Medical and sanitary report of the native army of Bengal for the year
Year: 1878
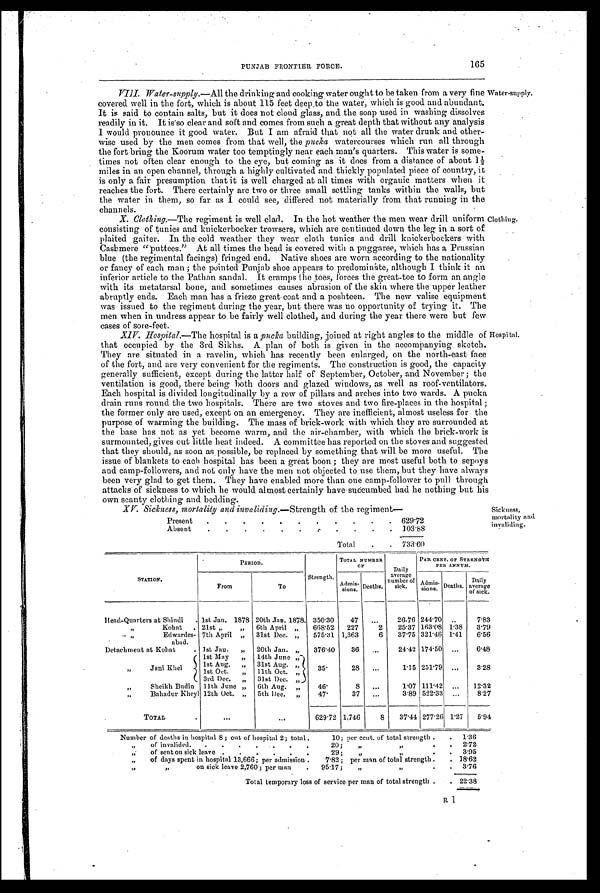
PUNJAB FRONTIER FORCE.
165
Water-supply.
VIII. Water-supply.—All the drinking and cooking water ought to be taken from a very fine
covered well in the fort, which is about 115 feet deep to the water, which is good and abundant.
It is said to contain salts, but it does not cloud glass, and the soap used in washing dissolves
readily in it. It is so clear and soft and comes from such a great depth that without any analysis
I would pronounce it good water. But I am afraid that not all the water drunk and other-
wise used by the men comes from that well, the pucka watercourses which run all through
the fort bring the Koorum water too temptingly near each man's quarters. This water is some-
times not often clear enough to the eye, but coming as it does from a distance of about 1½
miles in an open channel, through a highly cultivated and thickly populated piece of country, it
is only a fair presumption that it is well charged at all times with organic matters when it
reaches the fort. There certainly are two or three small settling tanks within the walls, but
the water in them, so far as I could see, differed not materially from that running in the
channels.
Clothing.
X. Clothing.—The regiment is well clad. In the hot weather the men wear drill uniform
consisting of tunics and knickerbocker trowsers, which are continued down the leg in a sort of
plaited gaiter. In the cold weather they wear cloth tunics and drill knickerbockers with
Cashmere "puttees." At all times the head is covered with a puggaree, which has a Prussian
blue (the regimental facings) fringed end. Native shoes are worn according to the nationality
or fancy of each man ; the pointed Punjab shoe appears to predomináte, although I think it an
inferior article to the Pathan sandal. It cramps the toes, forces the great-toe to form an angle
with its metatarsal bone, and sometimes causes abrasion of the skin where the upper leather
abruptly ends. Each man has a frieze great coat and a poshteen. The new valise equipment
was issued to the regiment during the year, but there was no opportunity of trying it. The
men when in undress appear to be fairly well clothed, and during the year there were but few
cases of sore-feet.
Hospital.
XIV. Hospital.— The hospital is a _pucka building, joined at right angles to the middle of
that occupied by the 3rd Sikhs. A plan of both is given in the accompanying sketch.
They are situated in a ravelin, which has recently been enlarged, on the north-east face
of the fort, and are very convenient for the regiments. The construction is good, the capacity
generally sufficient, except during the latter half of September, October, and November ; the
ventilation is good, there being both doors and glazed windows, as well as roof-ventila
tors.
Each hospital is divided longitudinally by a row of pillars and arches into two wards. A pucka
drain runs round the two hospitals. There are two stoves and two fire-places in the hospital ;
the former only are used, except on an emergency. They are inefficient, almost useless for the
purpose of warming the building. The mass of brick-work with which they are surrounded at
the base has not as yet become warm, and the air-chamber, with which the brick-work is
surmounted, gives out little heat indeed. A committee has reported on the stoves and suggested
that they should, as soon as possible, be replaced by something that will be more useful. The
issue of blankets to each hospital has been a great boon ; they are most useful both to sepoys
and camp-followers, and not only have the men not objected to use them, but they have always
been very glad to get them. They have enabled more than one camp-follower to pull through
attacks of sickness to which he would almost certainly have-succumbed bad he nothing but his
own scanty clothing and bedding.
Sickness,
mortality and
invaliding.
XV. Sickness, mortality and invaliding. —Strength of the regiment—
Present
.
.
.
.
. .
.
.
.
.
. 6 2 9 . 7 2
Absent
.
. .
.
.
.
. .
. .
. 1 0 3 . 8 8
Total
.
. 733.60
STATION.
PERIOD.
-
Strength.
TOTAL NUMBER
OF
Daily
average
number of
sick.
PER CENT. OF STRENGTH
PER ANNUAL.
From
To
Admis-
sions. Deaths.
Admis-
sions. Deaths.
Daily
average
of sick.
Head-Quarters at Shindi
. 1st Jan. 1878 20th Jan. 1878. 350.30
47
...
26.76 244.70 ..
7.83
,, Kohat .
21st „
„ 6th April „
668.52 227
2
25.37 163.08 1.38
3.79
,, Edwardes-
abad.
7th April „ 31st Dec. „
575.31 1,363
6
37.75 321.46 1.41
6.56
Detachment at Kohat
. 1st Jan.
„ 20th Jan. „
376.40
36
...
24.42 174.50 ...
6.48
,, Jani Khel
1st May
„ 14th June „
3 5 .
28
...
1.15 251.79 ...
3.28
1st Aug. „ 31st Aug. ,,
1st Oct.
„ 11th Oct. „
3rd Dec. „ 31st Dec. „
,, Sheikh Budin 11th June „ 6th Aug. „
4 6 .
8 ...
1.07 111.42 ...
12.32
,, Bahadur Kheyl 12th Oct. „ 5th Dec. „
4 7 .
37
...
3.89 522.33 ...
8.27
TOTAL
.
. . .
. . .
629.72 1,746
8
37.44 277.26 1.27
5.94
Number of deaths in hospital 8; out of hospital 2; total
.
10; per cent. of total strength .
. 1.36
,,
of invalided.
.
.
.
.
.
.
.
20;
,,
,,
.
. 2.72
„
of sent on sick leave .
.
.
.
29;
„
,,
.
. 3 . 9 5
, , of days spent in hospital 13,666; per admission .
7.82; per man of total strength .
. 18.62
, ,
,,
on sick leave 2,760; per man
.
95.17;
,,
, ,
.
. 3.76
Total temporary loss of service per man of total strength .
. 2 2 . 3 8
R 1